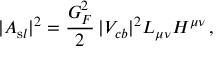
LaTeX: | A _ { \mathrm s l } | ^ { 2 } = \frac { G _ { F } ^ { 2 } } { 2 } \, | V _ { c b } | ^ { 2 } L _ { \mu \nu } H ^ { \mu \nu } \, ,